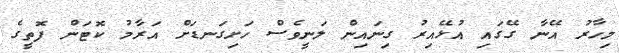
މިހާރު އޭނާ ގޭގައި އުޅޭއިރު ގިނައިން ލަނީވެސް ހަށިގަނޑަށް އަރާމު ކޮޓަން ފޮތީގެ